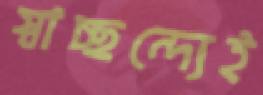
স্বাচ্ছন্দ্যেই